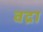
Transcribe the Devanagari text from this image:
वद्रा